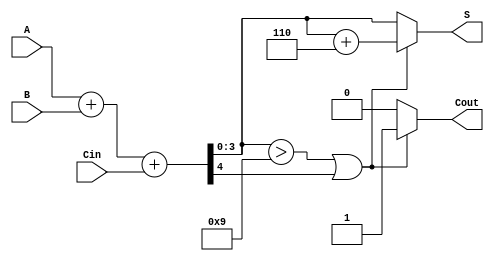
module BCD_Fast_Adder (
    input [3:0] A,      // 4-bit BCD input A
    input [3:0] B,      // 4-bit BCD input B
    input Cin,          // Carry-in
    output reg [3:0] S, // 4-bit BCD sum output
    output reg Cout     // Carry-out
);

    wire [4:0] Sum;         // 5-bit sum to accommodate carry
    wire Cout_int;          // Intermediate carry-out
    wire [3:0] Correction;  // Correction value (6 in BCD)
    
    // Binary Adder for initial sum
    assign Sum = A + B + Cin; // 5-bit sum (A + B + Cin)
    assign Cout_int = Sum[4]; // Carry-out from the binary addition
    assign Correction = 4'b0110; // Correction value (6 in BCD)

    always @(*) begin
        // Default outputs
        S = 4'b0000;
        Cout = 1'b0;

        // Check if correction is needed
        if (Sum[3:0] > 4'b1001 || Cout_int) begin
            // Apply correction
            S = Sum[3:0] + Correction;
            Cout = 1'b1; // Set carry-out
        end else begin
            // No correction needed
            S = Sum[3:0];
            Cout = 1'b0; // No carry-out
        end
    end

endmodule